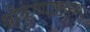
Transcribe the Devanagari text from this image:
श्रीकृष्णाष्टकम्